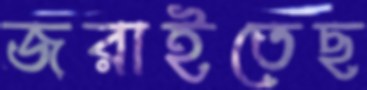
জরাইতেছ